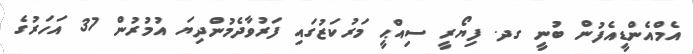
އެމްއެންޑީއެފުން ބުނީ ގދ. ފިޔޯރީ ސިއްޙީ މަރުކަޒުގައި ފަރުވާދެމުންދިޔަ އުމުރުން 37 އަހަރުގެ